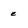
Character: e